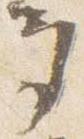
多